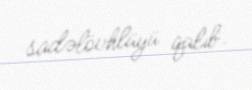
sadəlövhlüyü qalıb.